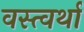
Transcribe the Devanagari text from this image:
वस्त्वर्था